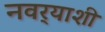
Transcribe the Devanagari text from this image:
नवर्‍याशी